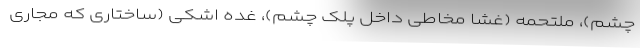
چشم)، ملتحمه (غشا مخاطی داخل پلک چشم)، غده اشکی (ساختاری که مجاری